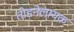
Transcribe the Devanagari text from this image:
तोड़नेलायक